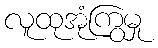
လူထုအုံကြွမှု